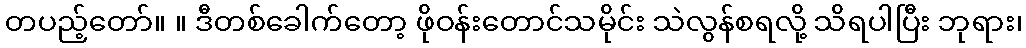
တပည့်တော်။ ။ ဒီတစ်ခေါက်တော့ ဖိုဝန်းတောင်သမိုင်း သဲလွန်စရလို့ သိရပါပြီး ဘုရား၊